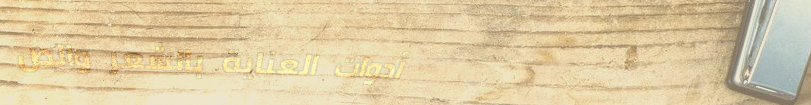
أدوات العناية بالشعر والص